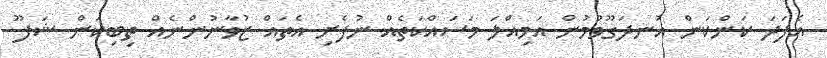
އެފަދަ ކަންކަން އުނދަގޫވުމުން އަމިއްލަ މަސައްކަތެއް ނުފެށި އެތައް ޒުވާނުންނެއް ތިބިކަން ޝަފޫ